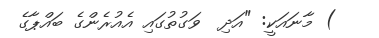
) މާނައަކީ: "އަދި  ވަގުތުގައި އެއުރެންގެ ބައްޕާގެ